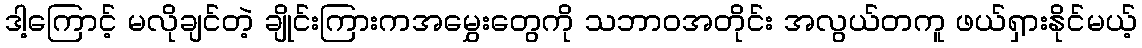
ဒါ့ကြောင့် မလိုချင်တဲ့ ချိုင်းကြားကအမွှေးတွေကို သဘာဝအတိုင်း အလွယ်တကူ ဖယ်ရှားနိုင်မယ့်